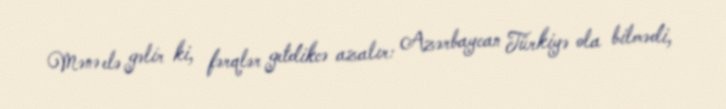
Mənə elə gəlir ki, fərqlər getdikcə azalır: Azərbaycan Türkiyə ola bilmədi,